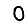
Digit: 0